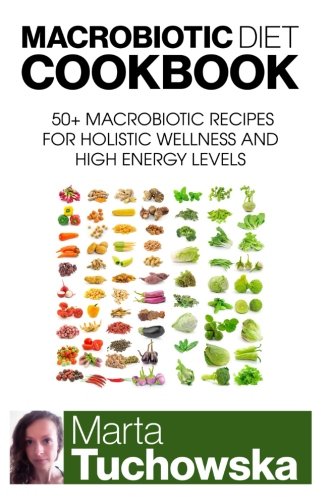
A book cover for Macrobiotic Diet Cookbook: 50 Macrobiotic Recipes for Holistic Wellness and High Energy Levels (Macrobiotic Diet, Macrobiotic Lifestyle, Healthy Eating Book ) (Volume 1); Marta Tuchowska; Cookbooks, Food & Wine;